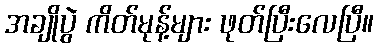
အချိုပွဲ ကိတ်မုန့်များ ဖုတ်ပြီးလေပြီ။